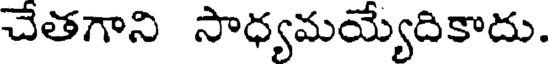
చేతగాని సాధ్యమయ్యేదికాదు.